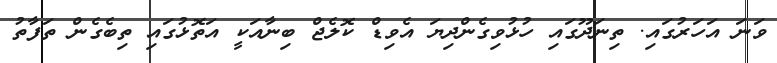
ވަނަ އަހަރުގައި. ތިނަދޫގައި ހުޅުވިގެންދިޔަ އެވިޑް ކޮލެޖް ބިނާއަކީ އަތޮޅުގައި ތިބެގެން ތަފާތު